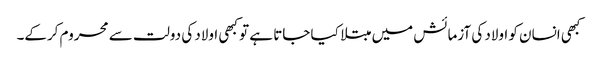
کبھی انسان کو اولاد کی آزمائش میں مبتلا کیا جاتا ہے تو کبھی اولاد کی دولت سے محروم کرکے۔